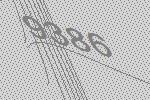
9386